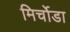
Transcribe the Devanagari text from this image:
मिर्चोडा